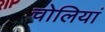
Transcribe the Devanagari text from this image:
चोलियां